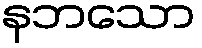
နဘသော